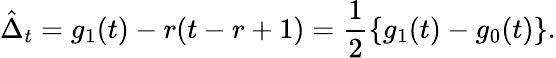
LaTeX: \hat{\Delta}_{t}=g_{1}(t)-r(t-r+1)=\frac{1}{2}\{ g_{1}(t)-g_{0}(t)\} .